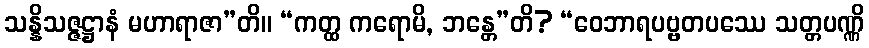
သန္နိသဇ္ဇဋ္ဌာနံ မဟာရာဇာ”တိ။ “ကတ္ထ ကရောမိ, ဘန္တေ”တိ? “ဝေဘာရပဗ္ဗတပဿေ သတ္တပဏ္ဏိ